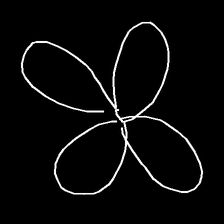
Glyph: billowing